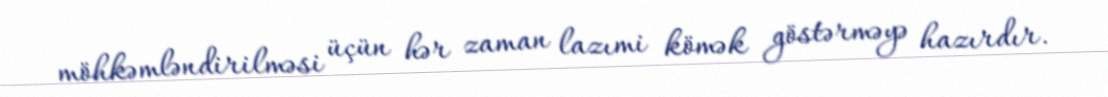
möhkəmləndirilməsi üçün hər zaman lazımi kömək göstərməyə hazırdır.